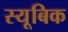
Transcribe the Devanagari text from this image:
स्यूबिक